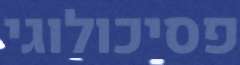
פסיכולוגי